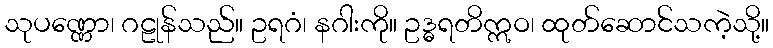
သုပဏ္ဏော၊ ဂဠုန်သည်။ ဥရဂံ၊ နဂါးကို။ ဥဒ္ဓရတိဣဝ၊ ထုတ်ဆောင်သကဲ့သို့။